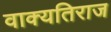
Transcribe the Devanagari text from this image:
वाक्यतिराज